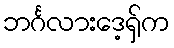
ဘင်္ဂလားဒေ့ရှ်က